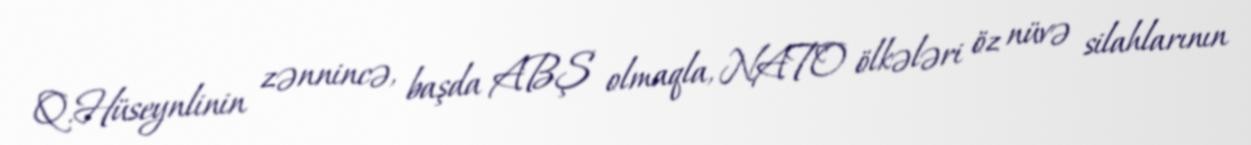
Q.Hüseynlinin zənnincə, başda ABŞ olmaqla, NATO ölkələri öz nüvə silahlarının